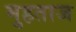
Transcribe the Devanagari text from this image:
मुहताज